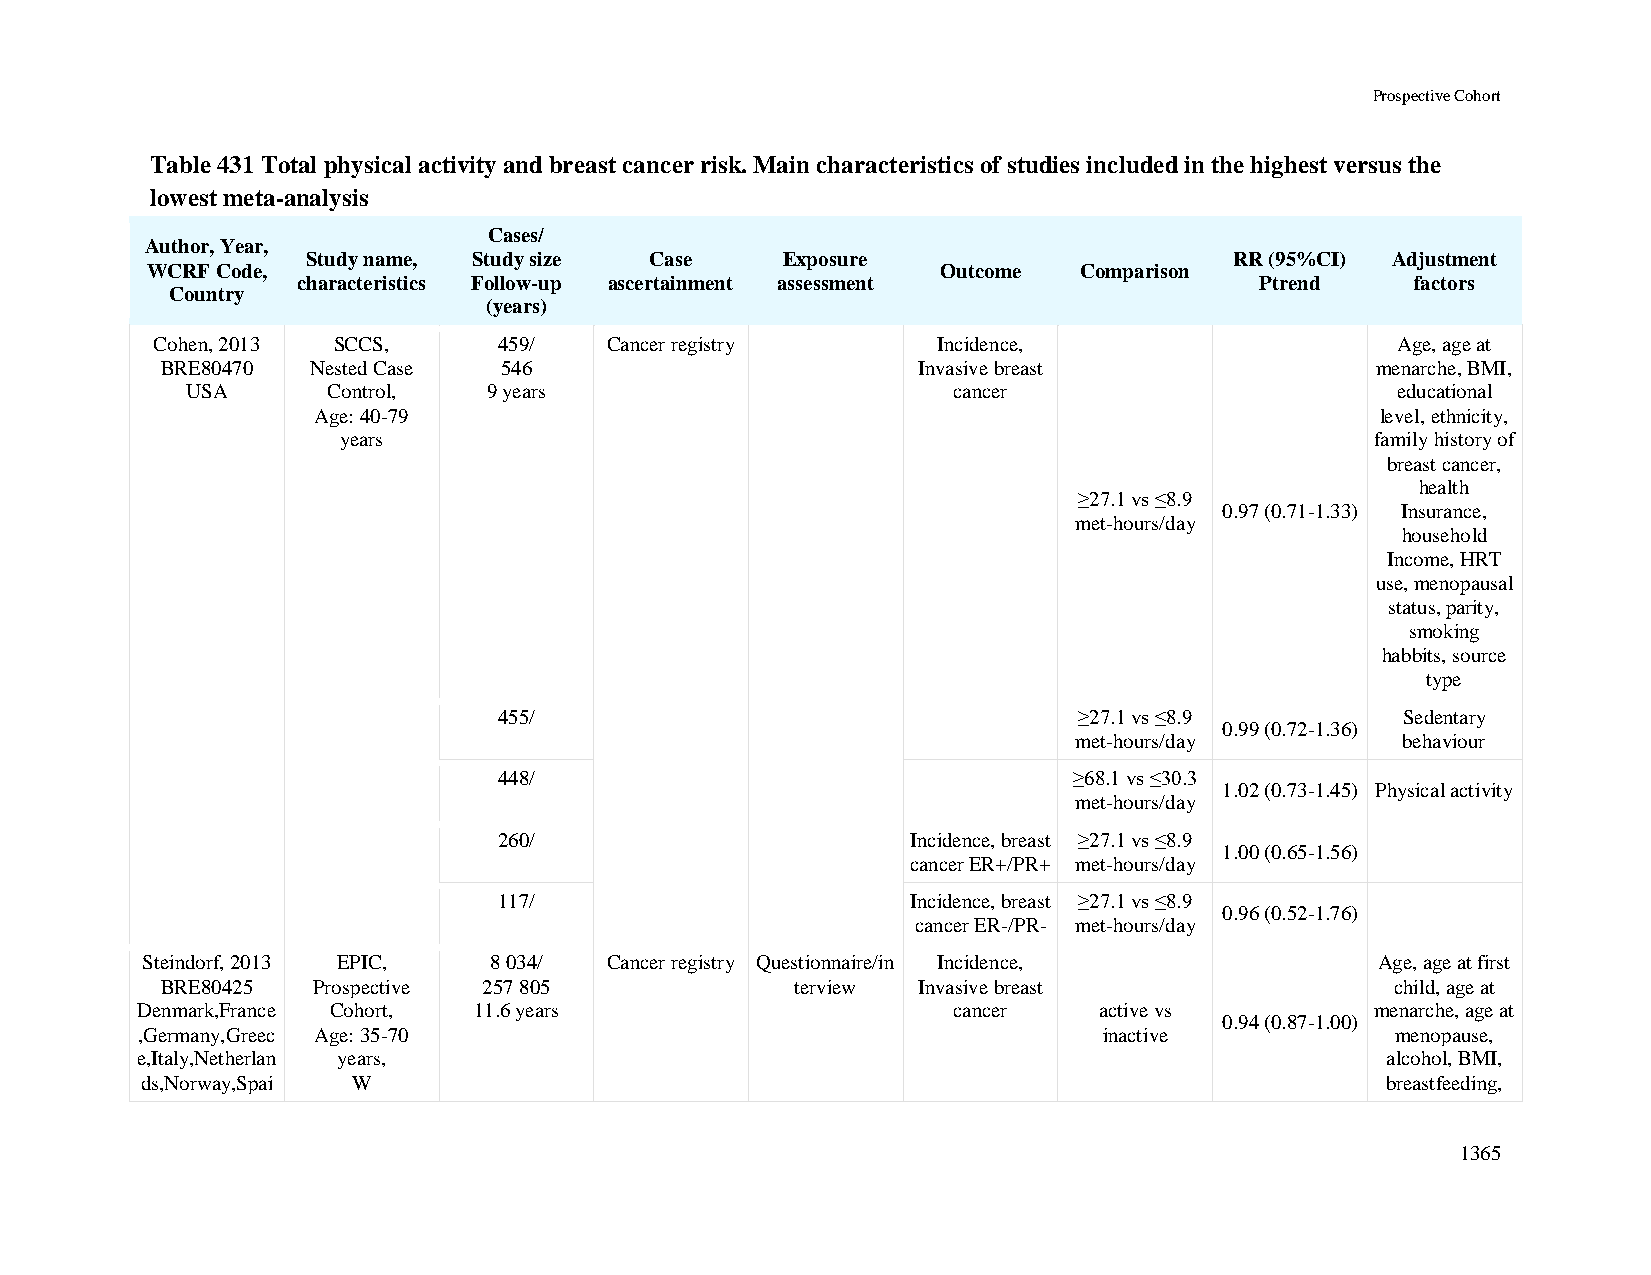
Prospective Cohort
 Table 431 Total physical activity and breast cancer risk. Main characteristics of studies included in the highest versus the
 lowest meta-analysis
 Cases/
 Author, Year,
 Study name, Study size Case     Exposure                      RR (95%CI) Adjustment
 WCRF Code,                                          Outcome  Comparison
 characteristics Follow-up ascertainment assessment             Ptrend     factors
 Country
 (years)
 Cohen, 2013 SCCS,      459/   Cancer registry       Incidence,                    Age, age at
 BRE80470  Nested Case 546                         Invasive breast               menarche, BMI,
 USA       Control,  9 years                        cancer                       educational
 Age: 40-79                                                            level, ethnicity,
 years                                                                family history of
 breast cancer,
 health
 ≥27.1 vs ≤8.9
 0.97 (0.71-1.33) Insurance,
 met-hours/day
 household
 Income, HRT
 use, menopausal
 status, parity,
 smoking
 habbits, source
 type
 455/                                  ≥27.1 vs ≤8.9         Sedentary
 0.99 (0.72-1.36)
 met-hours/day         behaviour
 448/                                  ≥68.1 vs ≤30.3
 1.02 (0.73-1.45) Physical activity
 met-hours/day
 260/                       Incidence, breast ≥27.1 vs ≤8.9
 1.00 (0.65-1.56)
 cancer ER+/PR+ met-hours/day
 117/                       Incidence, breast ≥27.1 vs ≤8.9
 0.96 (0.52-1.76)
 cancer ER-/PR- met-hours/day
 Steindorf, 2013 EPIC,  8 034/  Cancer registry Questionnaire/in Incidence,        Age, age at first
 BRE80425  Prospective 257 805             terview Invasive breast                child, age at
 Denmark,France Cohort, 11.6 years                     cancer    active vs         menarche, age at
 0.94 (0.87-1.00)
 ,Germany,Greec Age: 35-70                                       inactive           menopause,
 e,Italy,Netherlan years,                                                           alcohol, BMI,
 ds,Norway,Spai W                                                                   breastfeeding,
 1365